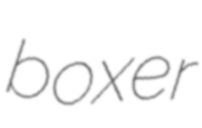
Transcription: boxer